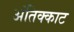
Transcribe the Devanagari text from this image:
अंतिक्काट